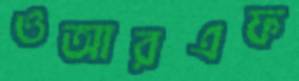
ওআরএফ